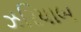
ઝરિયાબ